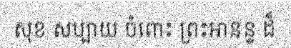
សុខ សប្បាយ ចំពោះ ព្រះអានន្ទ ដ៏